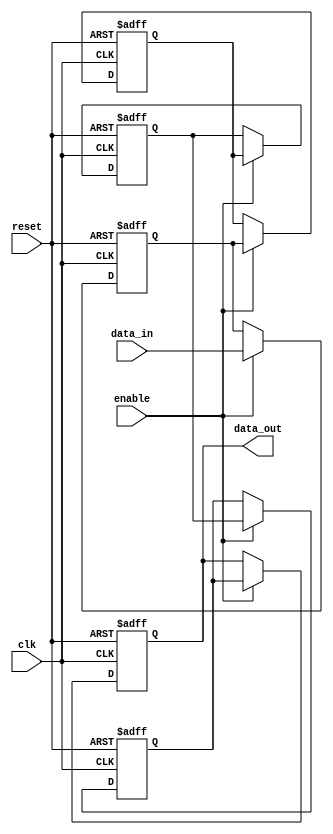
module multistage_register #(
    parameter N = 4,          // Number of stages
    parameter WIDTH = 8       // Width of the data bus
)(
    input wire clk,           // Clock signal
    input wire reset,         // Reset signal
    input wire enable,        // Enable signal
    input wire [WIDTH-1:0] data_in, // Input data
    output reg [WIDTH-1:0] data_out // Output data from the last stage
);

    // Internal registers for each stage
    reg [WIDTH-1:0] stages [0:N-1];

    // Sequential logic for multistage register
    integer i;
    always @(posedge clk or posedge reset) begin
        if (reset) begin
            // Reset all stages to zero
            for (i = 0; i < N; i = i + 1) begin
                stages[i] <= {WIDTH{1'b0}};
            end
            data_out <= {WIDTH{1'b0}};
        end else if (enable) begin
            // Shift data through the stages
            stages[0] <= data_in; // Capture input data in the first stage
            for (i = 1; i < N; i = i + 1) begin
                stages[i] <= stages[i-1]; // Shift data to the next stage
            end
            data_out <= stages[N-1]; // Output from the last stage
        end
    end

endmodule